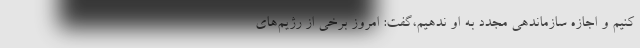
کنیم و اجازه سازماندهی مجدد به او ندهیم،‌گفت: امروز برخی از رژیم‌های